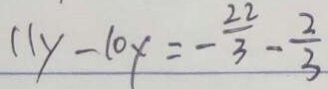
( 1 y - 1 0 ) = - \frac { 2 2 } { 3 } - \frac { 2 } { 3 }